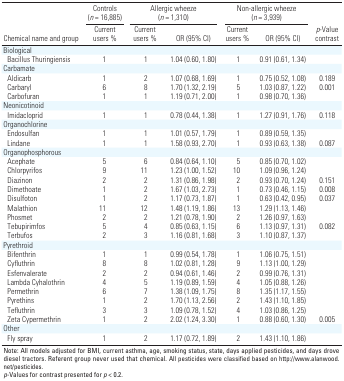
<table><thead><tr><td rowspan="2"><b>Chemical name and group</b></td><td><b>Controls (<i>n</i> = 16,885)</b></td><td colspan="2"><b>Allergic wheeze (<i>n</i> = 1,310)</b></td><td colspan="2"><b>Non-allergic wheeze (<i>n</i> = 3,939)</b></td><td rowspan="2"><b><i>p</i>-Value contrast</b></td></tr><tr><td><b>Current users %</b></td><td><b>Current users %</b></td><td><b>OR (95% CI)</b></td><td><b>Current users %</b></td><td><b>OR (95% CI)</b></td></tr></thead><tbody><tr><td><b>Biological</b></td></tr><tr><td><b>Bacillus Thuringiensis</b></td><td>1</td><td>1</td><td>1.04 (0.60, 1.80)</td><td>1</td><td>0.91 (0.61, 1.34)</td></tr><tr><td><b>Carbamate</b></td></tr><tr><td><b>Aldicarb</b></td><td>1</td><td>2</td><td>1.07 (0.68, 1.69)</td><td>1</td><td>0.75 (0.52, 1.08)</td><td>0.189</td></tr><tr><td><b>Carbaryl</b></td><td>6</td><td>8</td><td>1.70 (1.32, 2.19)</td><td>5</td><td>1.03 (0.87, 1.22)</td><td>0.001</td></tr><tr><td><b>Carbofuran</b></td><td>1</td><td>1</td><td>1.19 (0.71, 2.00)</td><td>1</td><td>0.98 (0.70, 1.36)</td></tr><tr><td><b>Neonicotinoid</b></td></tr><tr><td><b>Imidacloprid</b></td><td>1</td><td>1</td><td>0.78 (0.44, 1.38)</td><td>1</td><td>1.27 (0.91, 1.76)</td><td>0.118</td></tr><tr><td><b>Organochlorine</b></td></tr><tr><td><b>Endosulfan</b></td><td>1</td><td>1</td><td>1.01 (0.57, 1.79)</td><td>1</td><td>0.89 (0.59, 1.35)</td></tr><tr><td><b>Lindane</b></td><td>1</td><td>1</td><td>1.58 (0.93, 2.70)</td><td>1</td><td>0.93 (0.63, 1.38)</td><td>0.087</td></tr><tr><td><b>Organophosphorous</b></td></tr><tr><td><b>Acephate</b></td><td>5</td><td>6</td><td>0.84 (0.64, 1.10)</td><td>5</td><td>0.85 (0.70, 1.02)</td></tr><tr><td><b>Chlorpyrifos</b></td><td>9</td><td>11</td><td>1.23 (1.00, 1.52)</td><td>10</td><td>1.09 (0.96, 1.24)</td></tr><tr><td><b>Diazinon</b></td><td>2</td><td>2</td><td>1.31 (0.86, 1.98)</td><td>2</td><td>0.93 (0.70, 1.24)</td><td>0.151</td></tr><tr><td><b>Dimethoate</b></td><td>1</td><td>2</td><td>1.67 (1.03, 2.73)</td><td>1</td><td>0.73 (0.46, 1.15)</td><td>0.008</td></tr><tr><td><b>Disulfoton</b></td><td>1</td><td>2</td><td>1.17 (0.73, 1.87)</td><td>1</td><td>0.63 (0.42, 0.95)</td><td>0.037</td></tr><tr><td><b>Malathion</b></td><td>11</td><td>12</td><td>1.48 (1.19, 1.86)</td><td>13</td><td>1.29 (1.13, 1.46)</td></tr><tr><td><b>Phosmet</b></td><td>2</td><td>2</td><td>1.21 (0.78, 1.90)</td><td>2</td><td>1.26 (0.97, 1.63)</td></tr><tr><td><b>Tebupirimfos</b></td><td>5</td><td>4</td><td>0.85 (0.63, 1.15)</td><td>6</td><td>1.13 (0.97, 1.31)</td><td>0.082</td></tr><tr><td><b>Terbufos</b></td><td>2</td><td>3</td><td>1.16 (0.81, 1.68)</td><td>3</td><td>1.10 (0.87, 1.37)</td></tr><tr><td><b>Pyrethroid</b></td></tr><tr><td><b>Bifenthrin</b></td><td>1</td><td>1</td><td>0.99 (0.54, 1.78)</td><td>1</td><td>1.06 (0.75, 1.51)</td></tr><tr><td><b>Cyfluthrin</b></td><td>8</td><td>8</td><td>1.02 (0.81, 1.28)</td><td>9</td><td>1.13 (1.00, 1.29)</td></tr><tr><td><b>Esfenvalerate</b></td><td>2</td><td>2</td><td>0.94 (0.61, 1.46)</td><td>2</td><td>0.99 (0.76, 1.31)</td></tr><tr><td><b>Lambda Cyhalothrin</b></td><td>4</td><td>5</td><td>1.19 (0.89, 1.59)</td><td>4</td><td>1.05 (0.88, 1.26)</td></tr><tr><td><b>Permethrin</b></td><td>6</td><td>7</td><td>1.38 (1.09, 1.75)</td><td>8</td><td>1.35 (1.17, 1.55)</td></tr><tr><td><b>Pyrethins</b></td><td>1</td><td>2</td><td>1.70 (1.13, 2.56)</td><td>2</td><td>1.43 (1.10, 1.85)</td></tr><tr><td><b>Tefluthrin</b></td><td>3</td><td>3</td><td>1.09 (0.78, 1.52)</td><td>4</td><td>1.03 (0.86, 1.25)</td></tr><tr><td><b>Zeta Cypermethrin</b></td><td>1</td><td>2</td><td>2.02 (1.24, 3.30)</td><td>1</td><td>0.88 (0.60, 1.30)</td><td>0.005</td></tr><tr><td><b>Other</b></td></tr><tr><td><b>Fly spray</b></td><td>1</td><td>2</td><td>1.17 (0.72, 1.89)</td><td>2</td><td>1.43 (1.10, 1.86)</td></tr><tr><td colspan="7">Note: All models adjusted for BMI, current asthma, age, smoking status, state, days applied pesticides, and days drove diesel tractors. Referent group never used that chemical. All pesticides were classified based on http://www.alanwood.net/pesticides. <i>p</i>-Values for contrast presented for <i>p</i> &lt; 0.2.</td></tr></tbody></table>